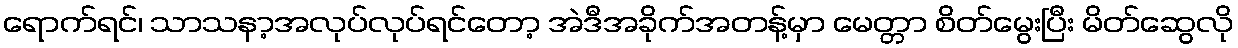
ရောက်ရင်၊ သာသနာ့အလုပ်လုပ်ရင်တော့ အဲဒီအခိုက်အတန့်မှာ မေတ္တာ စိတ်မွေးပြီး မိတ်ဆွေလို